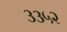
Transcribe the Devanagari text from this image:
३३५२